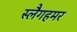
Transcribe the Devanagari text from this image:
स्लैगहमर